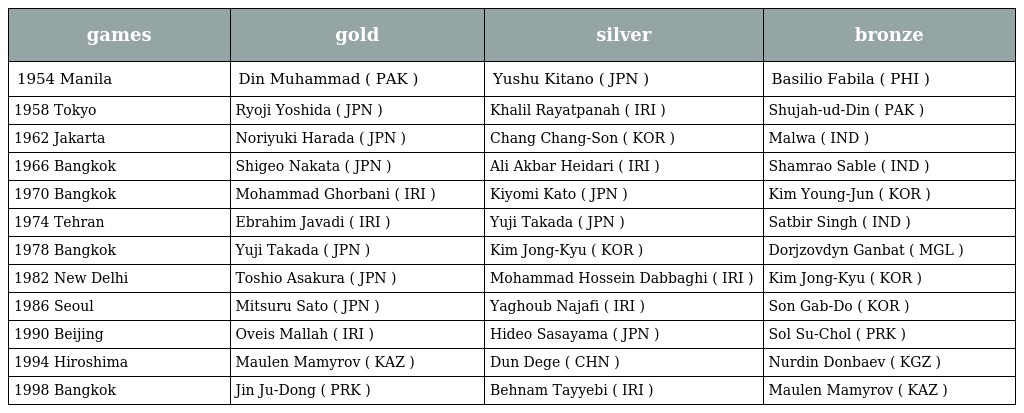
| games | gold | silver | bronze |
 | --- | --- | --- | --- |
 | 1954 Manila | Din Muhammad ( PAK ) | Yushu Kitano ( JPN ) | Basilio Fabila ( PHI ) |
 | 1958 Tokyo | Ryoji Yoshida ( JPN ) | Khalil Rayatpanah ( IRI ) | Shujah-ud-Din ( PAK ) |
 | 1962 Jakarta | Noriyuki Harada ( JPN ) | Chang Chang-Son ( KOR ) | Malwa ( IND ) |
 | 1966 Bangkok | Shigeo Nakata ( JPN ) | Ali Akbar Heidari ( IRI ) | Shamrao Sable ( IND ) |
 | 1970 Bangkok | Mohammad Ghorbani ( IRI ) | Kiyomi Kato ( JPN ) | Kim Young-Jun ( KOR ) |
 | 1974 Tehran | Ebrahim Javadi ( IRI ) | Yuji Takada ( JPN ) | Satbir Singh ( IND ) |
 | 1978 Bangkok | Yuji Takada ( JPN ) | Kim Jong-Kyu ( KOR ) | Dorjzovdyn Ganbat ( MGL ) |
 | 1982 New Delhi | Toshio Asakura ( JPN ) | Mohammad Hossein Dabbaghi ( IRI ) | Kim Jong-Kyu ( KOR ) |
 | 1986 Seoul | Mitsuru Sato ( JPN ) | Yaghoub Najafi ( IRI ) | Son Gab-Do ( KOR ) |
 | 1990 Beijing | Oveis Mallah ( IRI ) | Hideo Sasayama ( JPN ) | Sol Su-Chol ( PRK ) |
 | 1994 Hiroshima | Maulen Mamyrov ( KAZ ) | Dun Dege ( CHN ) | Nurdin Donbaev ( KGZ ) |
 | 1998 Bangkok | Jin Ju-Dong ( PRK ) | Behnam Tayyebi ( IRI ) | Maulen Mamyrov ( KAZ ) |